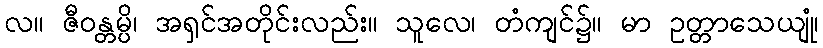
လ။ ဇီဝန္တမ္ပိ၊ အရှင်အတိုင်းလည်း။ သူလေ၊ တံကျင်၌။ မာ ဥတ္တာသေယျုံ၊